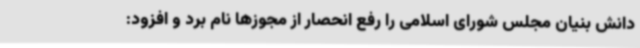
دانش بنیان مجلس شورای اسلامی را رفع انحصار از مجوزها نام برد و افزود: